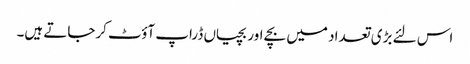
اس لئے بڑی تعداد میں بچے اوربچیاں ڈراپ آؤٹ کرجاتے ہیں۔